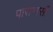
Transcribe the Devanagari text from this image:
पाराभासी